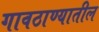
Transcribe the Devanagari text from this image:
गावठाण्यातील